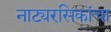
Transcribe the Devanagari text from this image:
नाट्यरसिकांचा